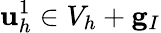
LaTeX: {\mathbf u}_{h}^{1}\in V_{h}+{\mathbf g}_{I}